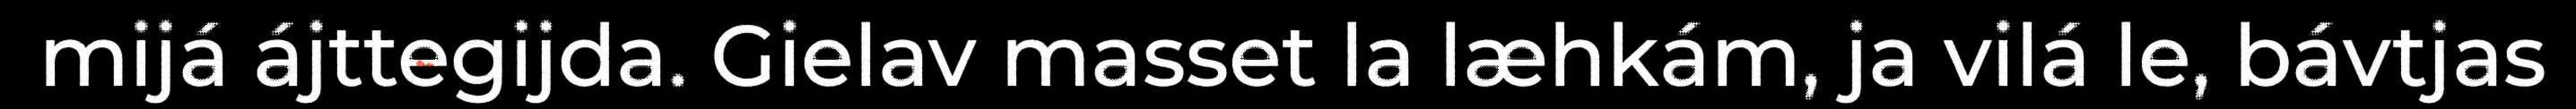
mijá ájttegijda. Gielav masset la læhkám, ja vilá le, bávtjas